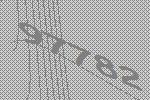
97782